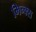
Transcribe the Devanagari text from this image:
मिन्क्स